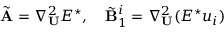
\tilde { \mathbf { A } } = \nabla _ { \mathbf { U } } ^ { 2 } E ^ { \star } , \quad \tilde { \mathbf { B } } _ { 1 } ^ { i } = \nabla _ { \mathbf { U } } ^ { 2 } ( E ^ { \star } u _ { i } )